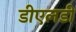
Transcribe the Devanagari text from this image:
डीएलडी